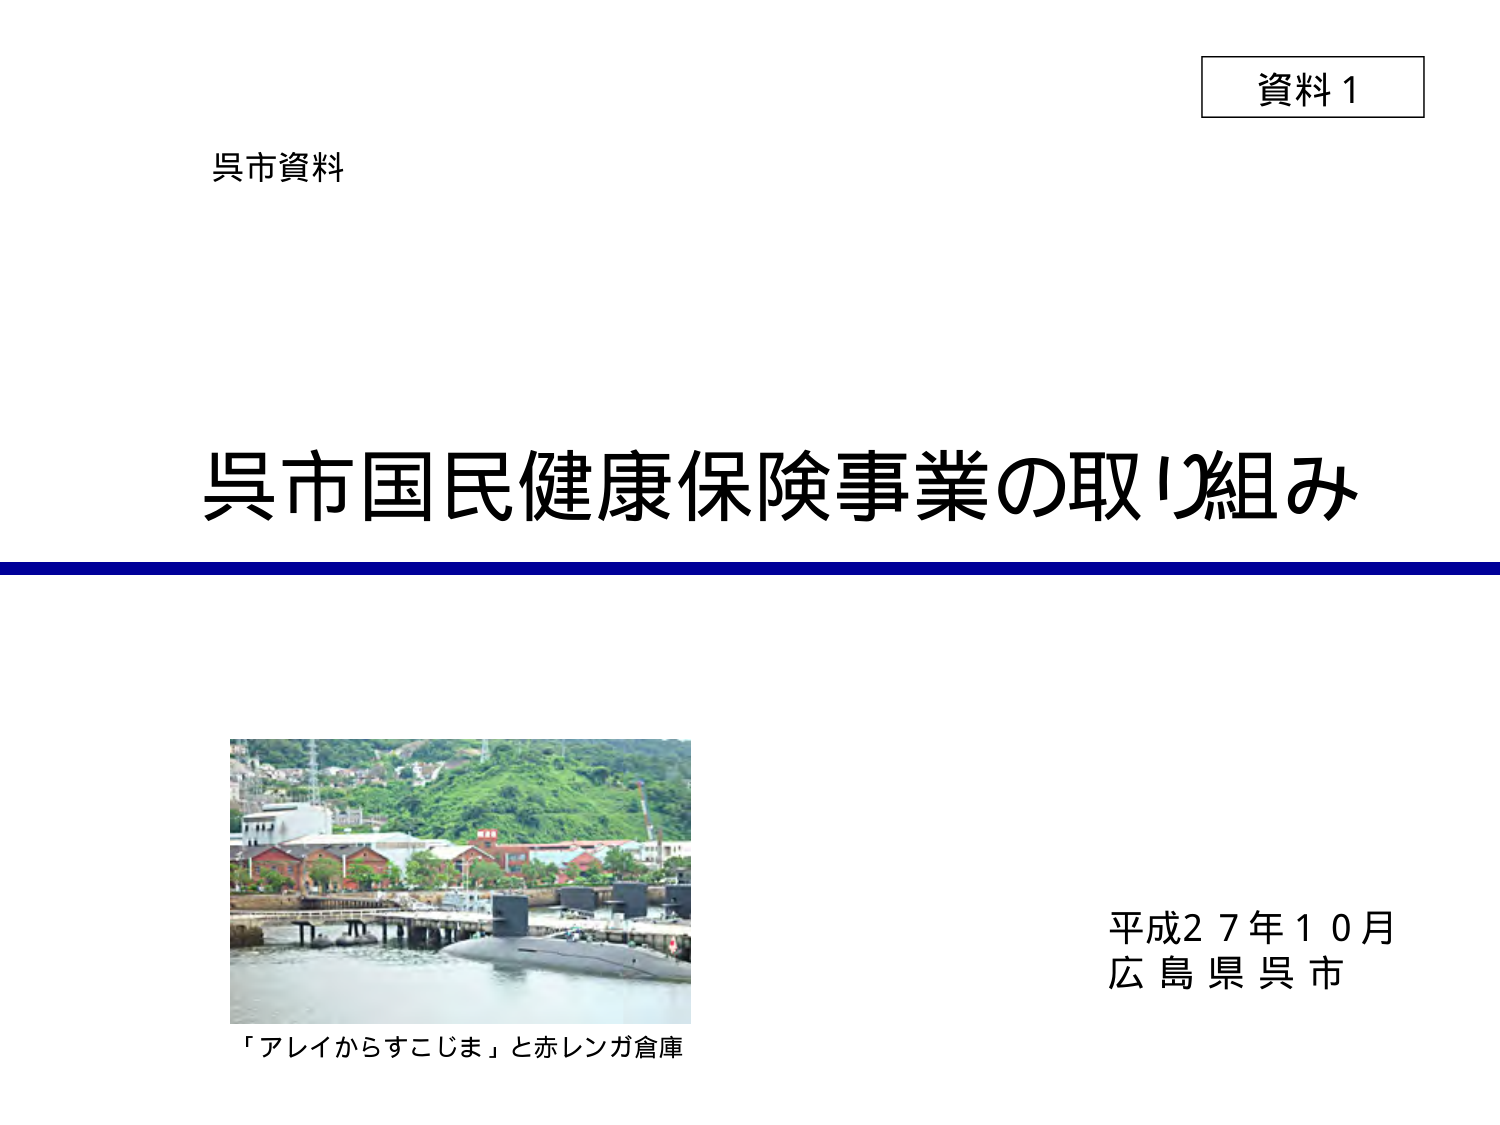
資料１
呉市資料
呉市国民健康保険事業の取り組み
「アレイからすこじま」と赤レンガ倉庫
平成２７年１０月
広島県呉市